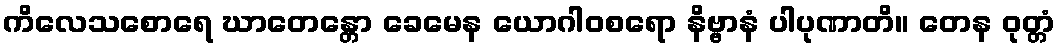
ကိလေသစောရေ ဃာတေန္တော ခေမေန ယောဂါဝစရော နိဗ္ဗာနံ ပါပုဏာတိ။ တေန ဝုတ္တံ